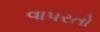
વાપરતો